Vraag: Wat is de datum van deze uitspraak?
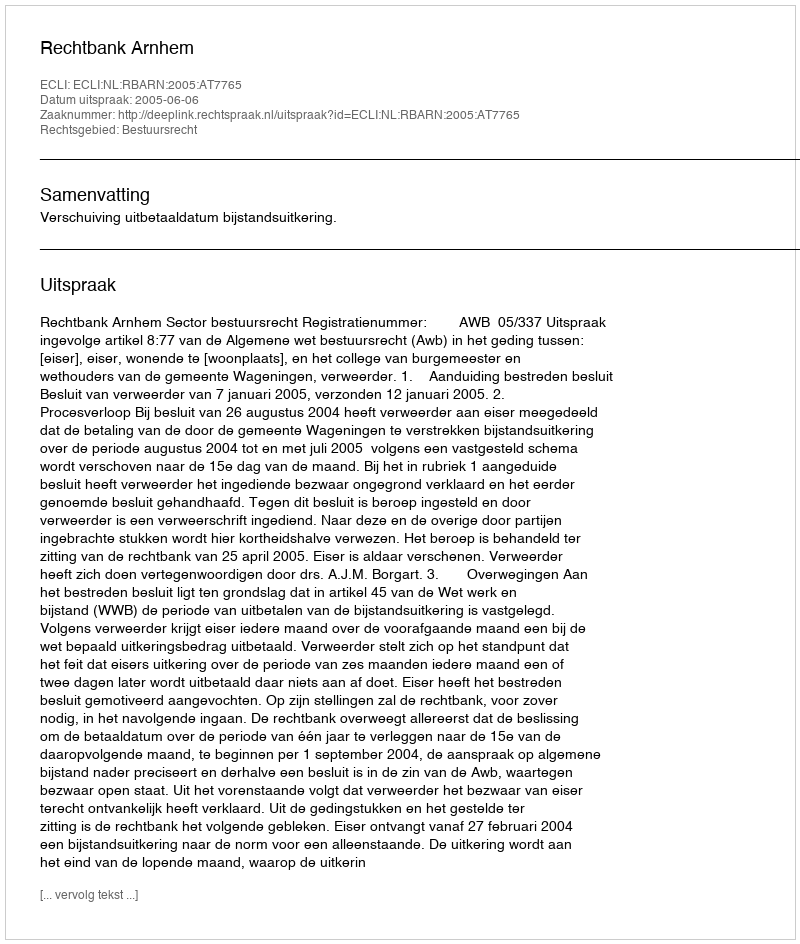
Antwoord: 2005-06-06